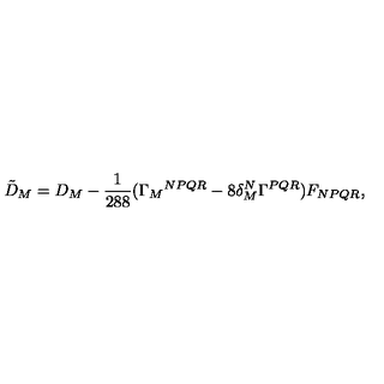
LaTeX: { \tilde { D } } _ { M } = D _ { M } - \frac { 1 } { 2 8 8 } ( \Gamma _ { M } { } ^ { N P Q R } - 8 \delta _ { M } ^ { N } \Gamma ^ { P Q R } ) F _ { N P Q R } ,